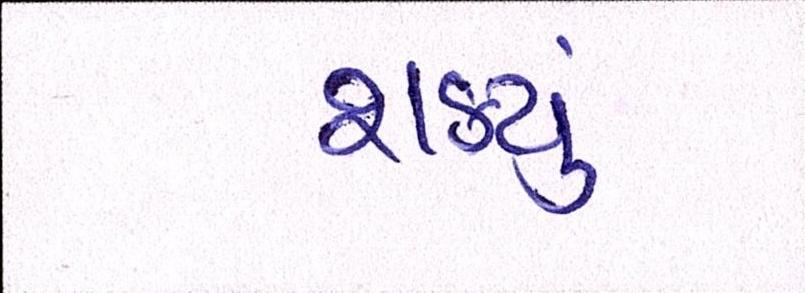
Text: શકયું